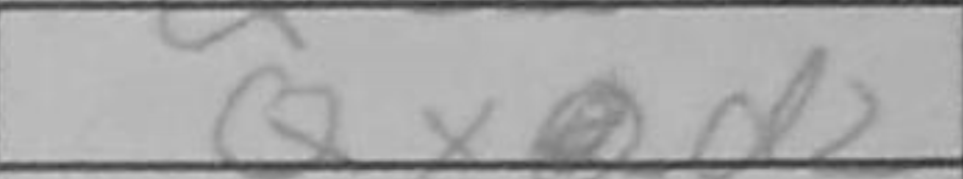
Transcription: Qxd2